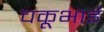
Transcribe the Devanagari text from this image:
चकूभाई